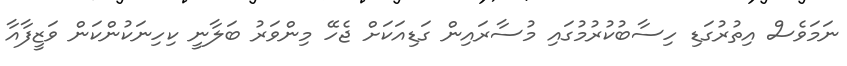
ނަމަވެސް އިތުރުގަޑި ހިސާބުކުރުމުގައި މުސާރައިން ގަޑިއަކަށް ޖެހޭ މިންވަރު ބަލާނީ ކިހިނަކުންކަން ވަޒީފާއާ